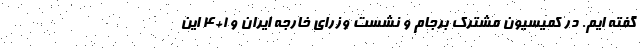
گفته ایم. در کمیسیون مشترک برجام و نشست وزرای خارجه ایران و ۱+۴ این